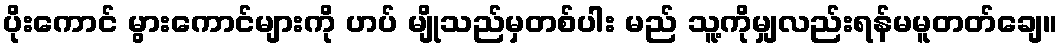
ပိုးကောင် မွားကောင်များကို ဟပ် မျိုသည်မှတစ်ပါး မည် သူ့ကိုမျှလည်းရန်မမူတတ်ချေ။